Statistics compiled by the Government of India from the reports of provincial Civil Veterinary Departments
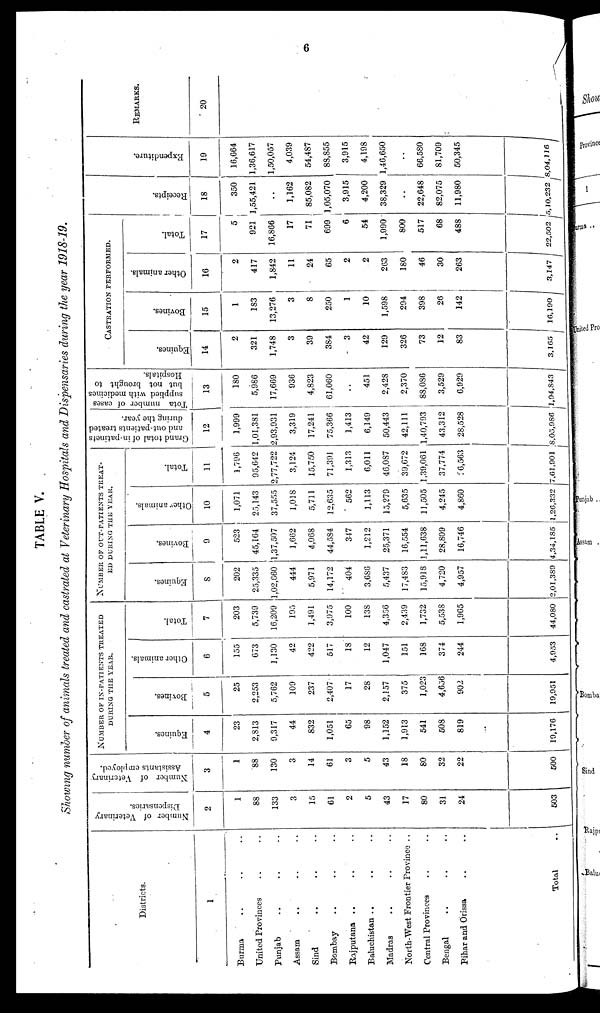
6
TABLE V.
Showing number of animals treated and castrated at Veterinary Hospitals and Dispensaries during the year 1918-19.
Districts.
1
Burma .. .. ..
United Provinces .. ..
Punjab .. .. ..
Assam .. .. ..
Sind .. .. ..
Bombay .. .. ..
Rajputana .. .. ..
Baluchistan .. .. ..
Madras .. .. ..
North-West Frontier Province ..
Central Provinces .. ..
Bengal .. .. ..
Bihar and Orissa .. ..
Total ..
Number of Veterinary
Dispensaries.
2
1
88
133
3
15
61
2
5
43
17
80
31
24
503
Number of Veterinary
Assistants err ployed.
3
1
88
130
3
14
61
3
5
43
1
80
32
22
500
NUMBER OF IN-PATIENTS TREATED
DURING THE YEAR.
Equines.
4
23
2,813
9,317
44
832
1,051
65
98
1,152
1,913
541
508
819
19,176
Bovines.
5
25
2,253
5,762
109
237
2,407
17
28
2,157
375
1,023
4,656
902
19,951
Other animals.
6
155
673
1,130
42
422
517
18
12
1,047
151
168
374
244
4,953
Total.
7
203
5,739
16,209
195
1,491
3,975
100
138
4,356
2,439
1,732
5,538
1,965
44,080
NUMBER OF OUT-PATIENTS TREAT-
ED DURING THE YEAR.
Equities.
8
202
25,335
1,02,660
444
5,971
14,172
404
3,686
5,437
17,483
15,918
4,720
4,957
2,01,389
Bovines.
9
523
45,164
1,37,507
1,662
4,068
44,584
347
1,212
25,371
16,554
1,11,638
28,809
16,746
4,34,185
Other animals.
10
1,071
25,143
37,555
1,018
5,711
12,635
562
1,113
15,279
5,635
11,505
4,245
4,860
1,26,332
Total.
11
1,796
95,642
2,77,722
3,121
15,750
71,391
1,313
6,011
46,087
39,672
1,39,061
37,774
26,563
7,61,901
Grand total of in-patinets
and out-patients treated
during the year.
12
1,999
1,01,381
2,93,931
3,319
17,241
75,366
1,413
6,149
50,443
42,111
1,40,793
43,312
28,528
8,03,986
Tota number of eases
supplied with medicines
but not brought to
Hospitals.
13
180
5,986
17,669
936
4,823
61,060
..
451
2,428
2,370
88,086
3,529
6,929
1,94,843
CASTRATION
PERFORMED.
Equines.
14
2
321
1,748
3
39
384
3
42
129
326
73
12
83
3,165
Bovines.
15
1
183
13,276
3
8
250
1
10
1,598
294
398
26
142
16,190
Other animals.
16
2
417
1,842
11
24
65
2
2
263
180
46
30
263
3,147
Total.
17
5
921
16,866
17
71
699
6
54
1,090
800
517
68
488
22,502
Recei pt s.
18
350
1,55,421
..
1,162
85,082
1,05,070
3,915
4,200
38,329
..
22,648
82,075
11,980
5,10,232
Expendi t
ur e.
19
16,664
1,36,617
1,50,057
4,039
54,487
88,855
3,915
4,198
1,46,650
..
66,580
81,709
50,345
8,04,116
REMARKS
20